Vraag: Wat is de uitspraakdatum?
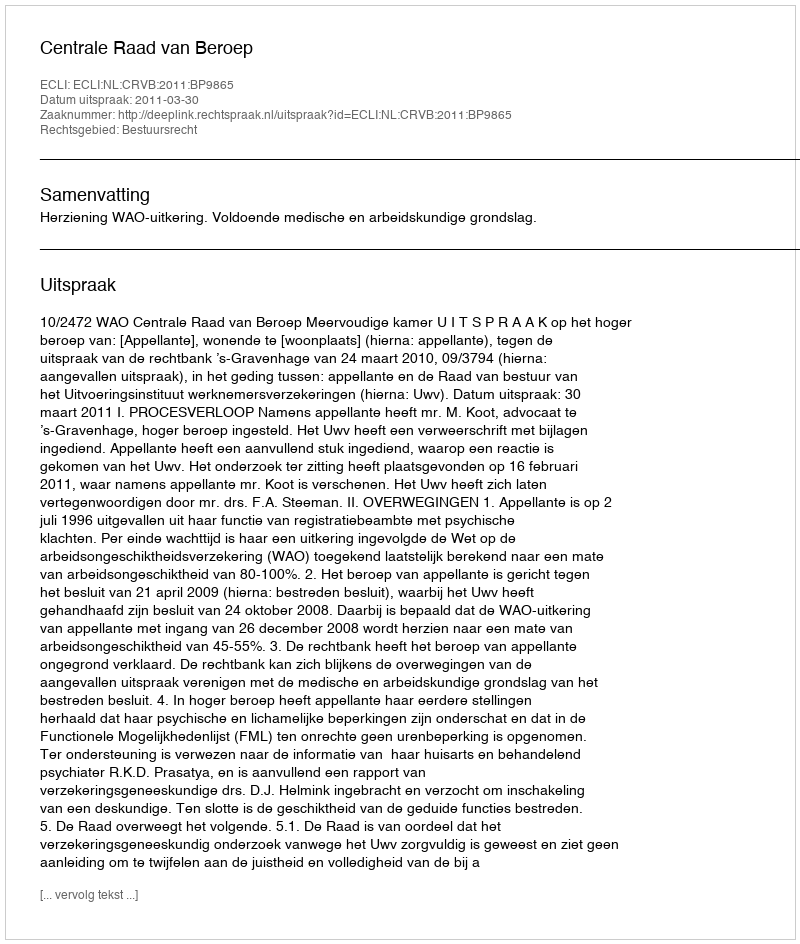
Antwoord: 2011-03-30